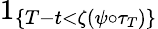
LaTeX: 1_{\{ T-t<\zeta(\psi\circ\tau_{T})\} }